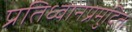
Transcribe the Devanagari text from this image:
प्रतिध्वानप्रमुदितः